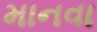
માનવા